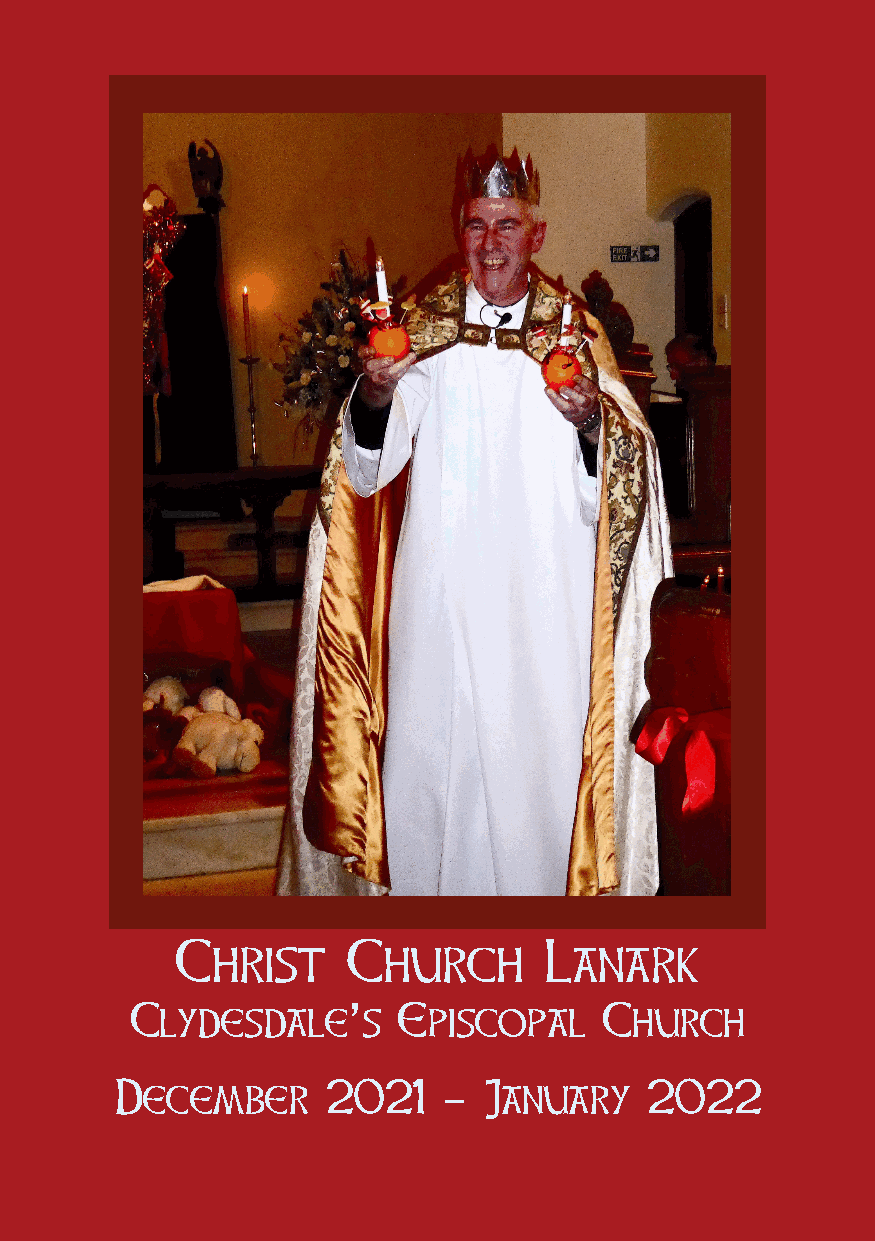
Christ     Church       Lanark
 Clydesdaleʼs     Episcopal     Church
 December      2021   -  January    2022